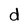
Character: d